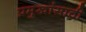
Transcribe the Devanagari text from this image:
प्रमुखांसाठी